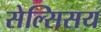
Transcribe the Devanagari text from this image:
सेल्सिसय